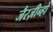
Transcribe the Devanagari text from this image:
जैरज़ीन्हो